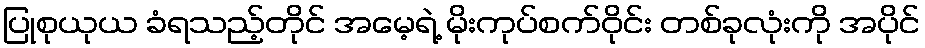
ပြုစုယုယ ခံရသည့်တိုင် အမေ့ရဲ့ မိုးကုပ်စက်ဝိုင်း တစ်ခုလုံးကို အပိုင်